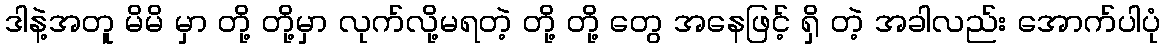
ဒါနဲ့အတူ မိမိ မှာ တို့ တို့မှာ လုက်လို့မရတဲ့ တို့ တို့ တွေ အနေဖြင့် ရှိ တဲ့ အခါလည်း အောက်ပါပုံ